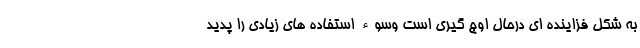
به شکل فزاینده ای درحال اوج گیری است وسوء استفاده های زیادی را پدید